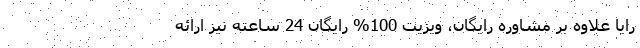
رایا علاوه بر مشاوره رایگان، ویزیت 100% رایگان 24 ساعته نیز ارائه